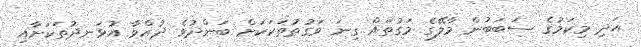
އަދި މިކަމުގެ ސަބަބުން މާލޭގެ މަގުތައް ގިނަ ވަގުތުތަކަކަށް ބަންދުވެ ދުއްވާ އުޅަނދުތަކަށާއި